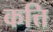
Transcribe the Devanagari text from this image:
कत्ति